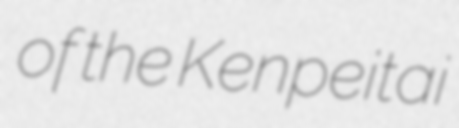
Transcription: of the Kenpeitai